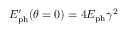
E _ { \mathrm { p h } } ^ { \prime } ( \theta = 0 ) = 4 E _ { \mathrm { p h } } \gamma ^ { 2 }